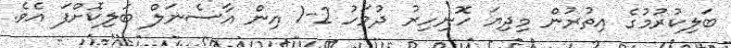
ބަލިކުރުުމުގެ އިތުރުން މިދިޔަ ހޮނިހިރު ދުވަހު 2-1 އިން އާސެނަލް ބަލިކޮށްފަ އެވެ.